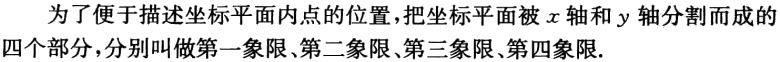
为了便于描述坐标平面内点的位置，把坐标平面被\(x\)轴和\(y\)轴分割而成的四个部分，分别叫做第一象限、第二象限、第三象限、第四象限.